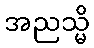
အညသ္မိ